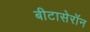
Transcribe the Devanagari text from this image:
बीटासेरॉन